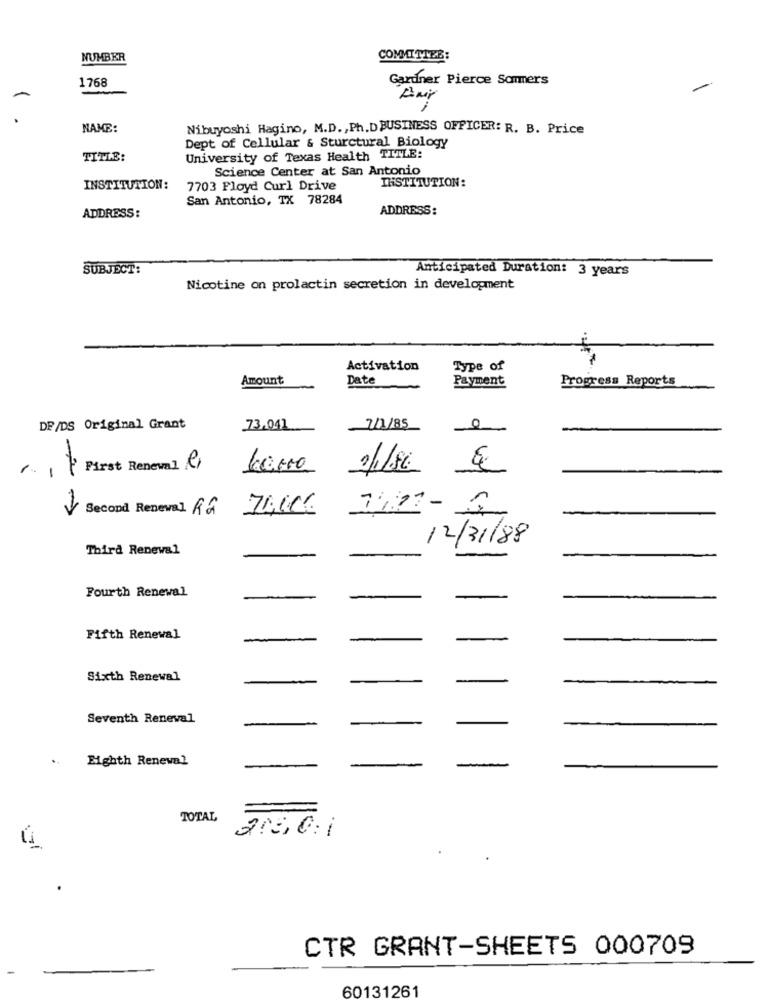
NUMBER
COMMITTEE:
1768
Gardner Pierce Sommers
NAME:
Nibuyoshi Hagino, M.D ., Ph.DBUSINESS OFFICER: R. B. Price
Dept of Cellular & Sturctural Biology
TITLE:
University of Texas Health TITLE:
Science Center at San Antonio
INSTITUTION:
INSTITUTION:
7703 Floyd Curl Drive
San Antonio, TX 78284
ADDRESS:
ADDRESS :
SUBJECT:
Anticipated Duration: 3 years
Nicotine on prolactin secretion in development
Activation
Type of
Amount
Date
Payment
Progress Reports
DP/DS Original Grant
73,041
7/1/85
First Renewal C
2/1/86
Second Reneval Râ
70,00€
12/31/88
Third Renewal
Fourth Renewal
Fifth Renewal
Sixth Renewal
Seventh Reneval
.
Eighth Renewal
TOTAL
215,0:1
CTR GRANT-SHEETS 000709
60131261